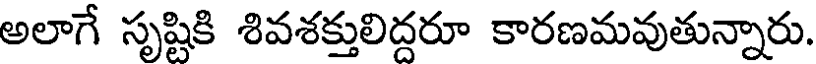
అలాగే సృష్టికి శివశక్తులిద్దరూ కారణమవుతున్నారు.